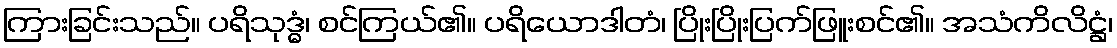
ကြားခြင်းသည်။ ပရိသုဒ္ဓံ၊ စင်ကြယ်၏။ ပရိယောဒါတံ၊ ပြိုးပြိုးပြက်ဖြူးစင်၏။ အသံကိလိဋ္ဌံ၊